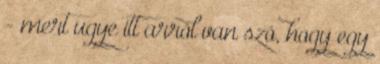
- mert ugye itt arról van szó, hogy egy